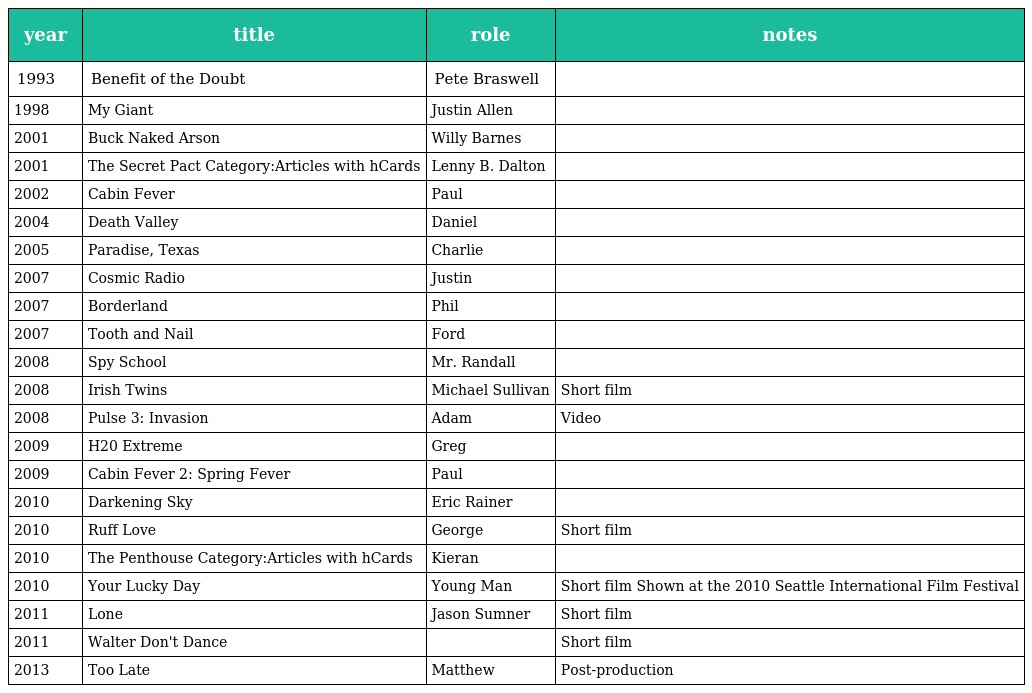
| year | title | role | notes |
 | --- | --- | --- | --- |
 | 1993 | Benefit of the Doubt | Pete Braswell |  |
 | 1998 | My Giant | Justin Allen |  |
 | 2001 | Buck Naked Arson | Willy Barnes |  |
 | 2001 | The Secret Pact Category:Articles with hCards | Lenny B. Dalton |  |
 | 2002 | Cabin Fever | Paul |  |
 | 2004 | Death Valley | Daniel |  |
 | 2005 | Paradise, Texas | Charlie |  |
 | 2007 | Cosmic Radio | Justin |  |
 | 2007 | Borderland | Phil |  |
 | 2007 | Tooth and Nail | Ford |  |
 | 2008 | Spy School | Mr. Randall |  |
 | 2008 | Irish Twins | Michael Sullivan | Short film |
 | 2008 | Pulse 3: Invasion | Adam | Video |
 | 2009 | H20 Extreme | Greg |  |
 | 2009 | Cabin Fever 2: Spring Fever | Paul |  |
 | 2010 | Darkening Sky | Eric Rainer |  |
 | 2010 | Ruff Love | George | Short film |
 | 2010 | The Penthouse Category:Articles with hCards | Kieran |  |
 | 2010 | Your Lucky Day | Young Man | Short film Shown at the 2010 Seattle International Film Festival |
 | 2011 | Lone | Jason Sumner | Short film |
 | 2011 | Walter Don't Dance |  | Short film |
 | 2013 | Too Late | Matthew | Post-production |